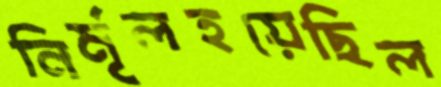
নির্মূলহয়েছিল